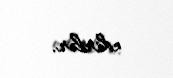
edirlər.